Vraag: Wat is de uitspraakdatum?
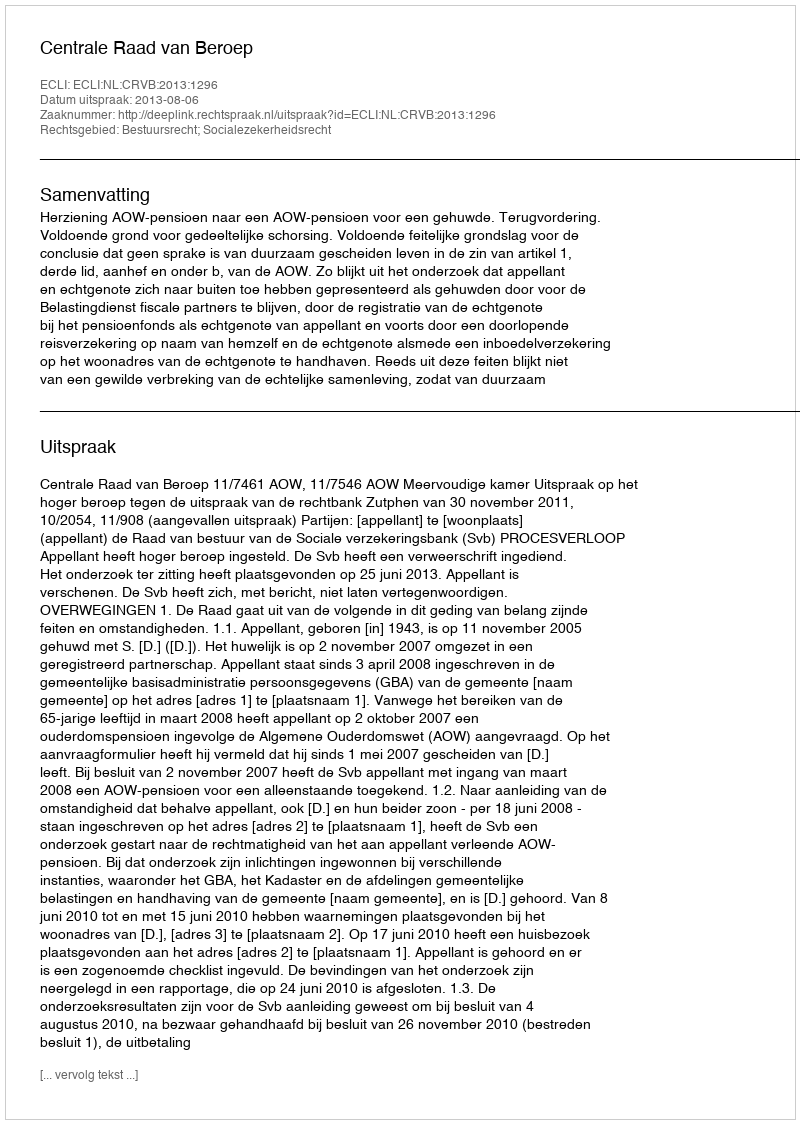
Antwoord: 2013-08-06